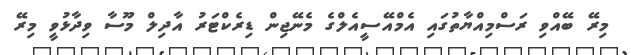
މިރޭ ބޭއްވި ރަސްމިއްޔާތުގައި އެމްއޭސީއެލްގެ މެނޭޖިން ޑިރެކްޓަރު އާދިލް މޫސާ ވިދާޅުވީ މިރޭ